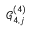
\mathcal { G } _ { 4 , j } ^ { ( 4 ) }